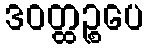
ဒဝတ္ထဉ္စပေ